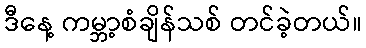
ဒီနေ့ ကမ္ဘာ့စံချိန်သစ် တင်ခဲ့တယ်။